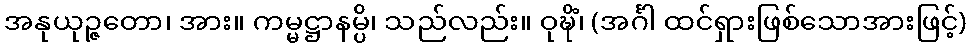
အနုယုဉ္ဇတော၊ အား။ ကမ္မဋ္ဌာနမ္ပိ၊ သည်လည်း။ ဝုဍ္ဎိံ၊ (အင်္ဂါ ထင်ရှားဖြစ်သောအားဖြင့်)